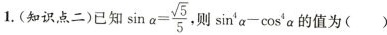
1.(知识点二)已知 $$\sin \alpha = \frac { \sqrt { 5 } } { 5 }$$，则 $$\sin ^ { 4 } \alpha - \cos ^ { 4 } \alpha$$的值为()